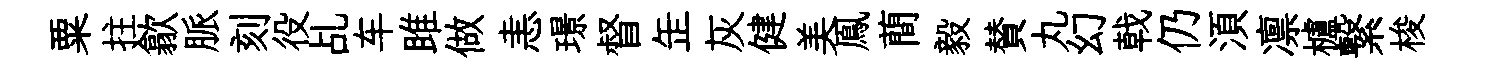
粟拄歙脈刻役乩车雎做恚璟督𦈢灰健美鳯蕳毅賛丸幻戟仍湏凛櫨繋梭